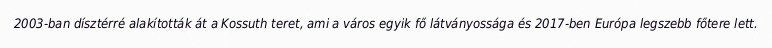
2003-ban dísztérré alakították át a Kossuth teret, ami a város egyik fő látványossága és 2017-ben Európa legszebb főtere lett.